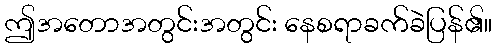
ဤအတောအတွင်းအတွင်း နေစရာခက်ခဲပြန်၏။